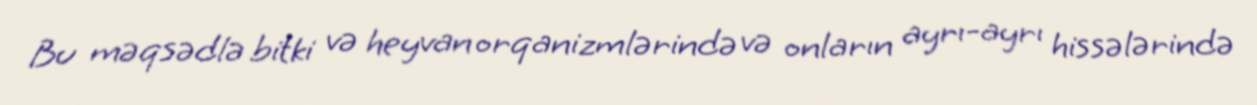
Bu məqsədlə bitki və heyvan orqanizmlərində və onların ayrı-ayrı hissələrində